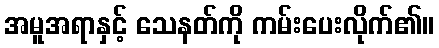
အမူအရာနှင့် သေနတ်ကို ကမ်းပေးလိုက်၏။